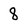
Character: 8